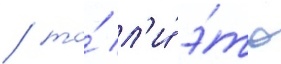
/ то́ л'и́ э́то